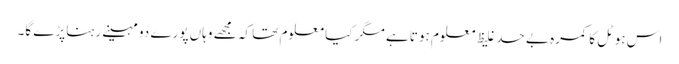
اس ہوٹل کا کمرہ بے حد غلیظ معلوم ہوتا ہے مگر کیا معلوم تھا کہ مجھے وہاں پورے دو مہینے رہنا پڑے گا۔